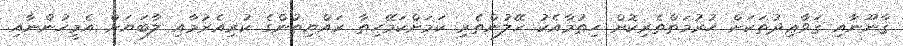
ޤާނޫނާއި ޤަވާޢިދުތަކަށް ޙުރުމަތްތެރިކޮށް ހިތުމާއެކު ހޭލުންތެރި ކަމަށްކަމޭހިތާ ރައްޔިތުންގެ ކުރިއެރުމާއި ލާބަޔަށް އެމީހުންނާއި